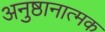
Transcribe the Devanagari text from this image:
अनुष्ठानात्मक